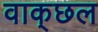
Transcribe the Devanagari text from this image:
वाक्‌छल